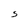
Character: S